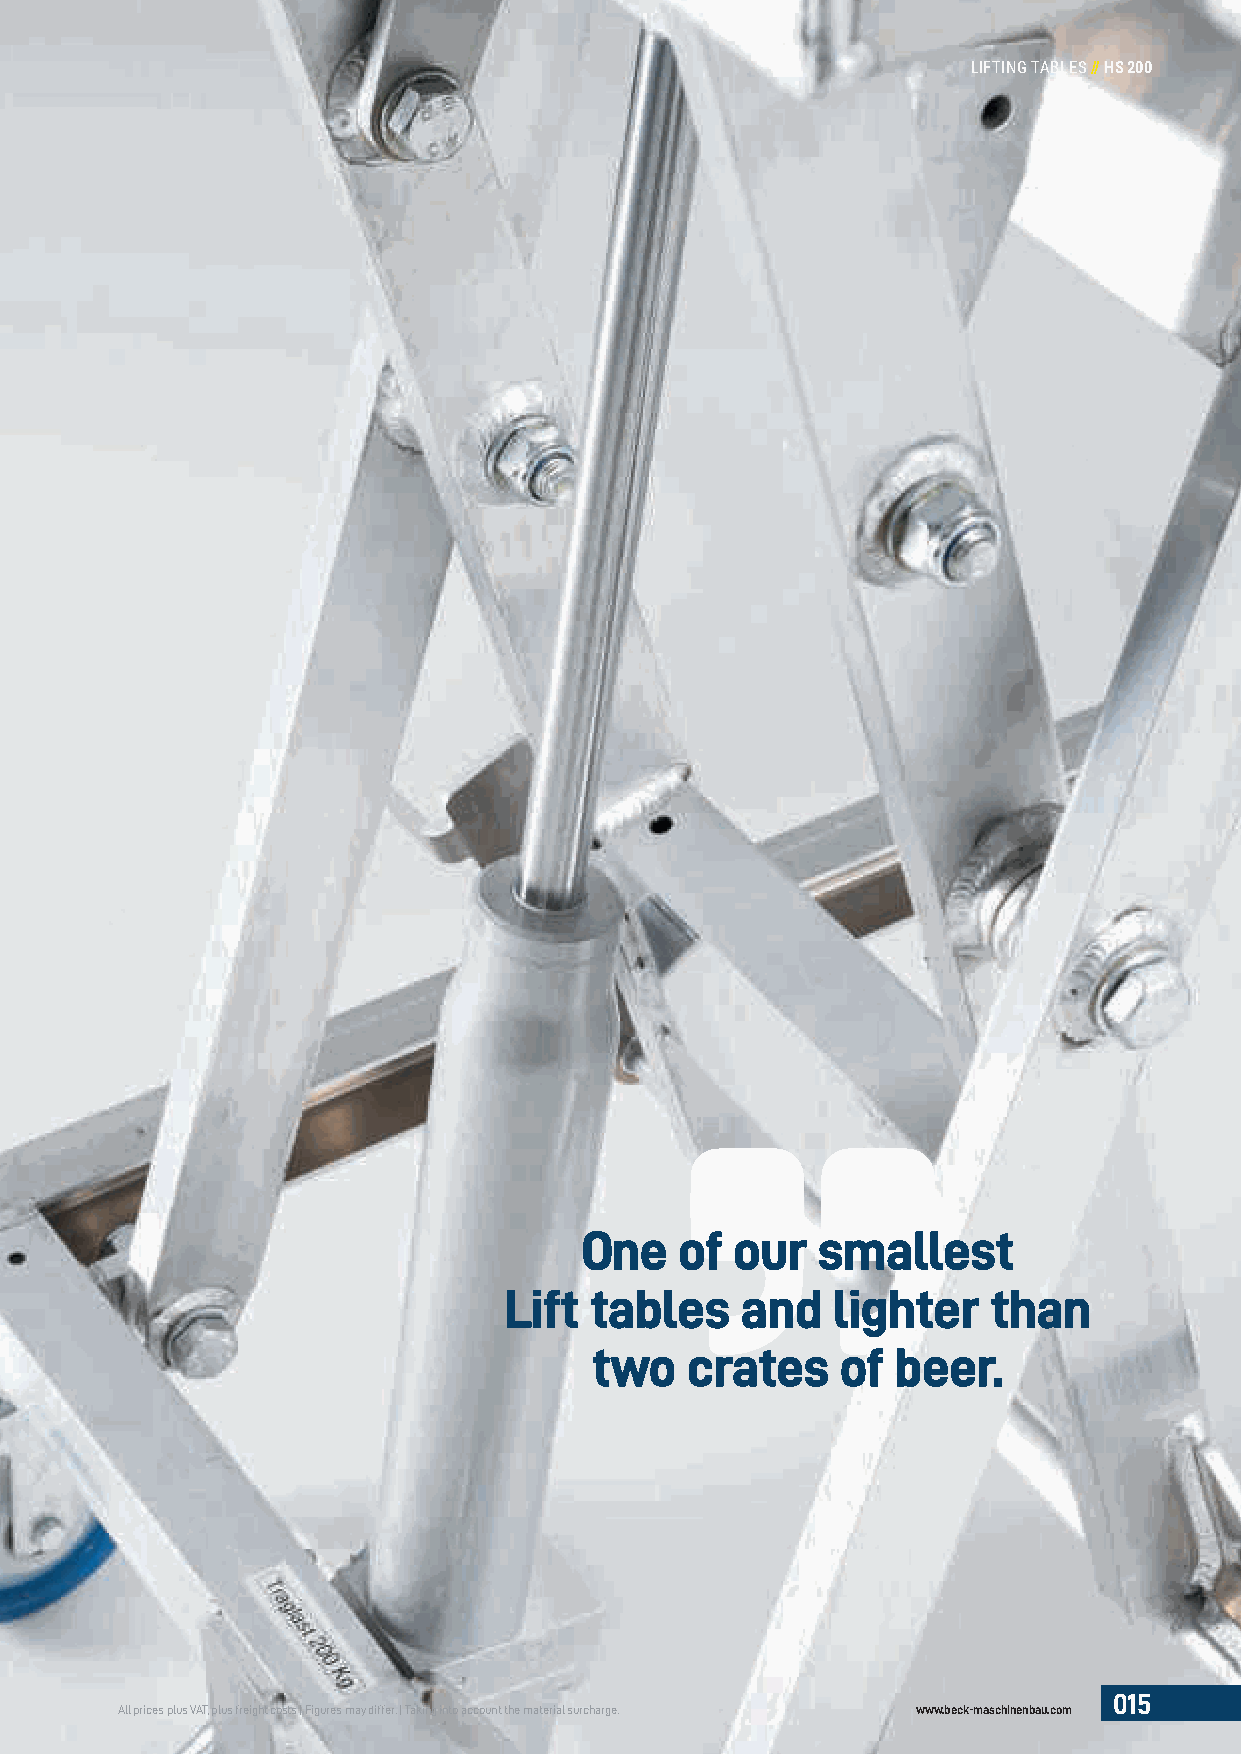
LIFTING TABLES//HS 200
 One    of  our  smallest
 Lift  tables    and   lighter    than
 two   crates     of beer.
 015
 All prices plus VAT, plus freight costs | Figures may differ. | Taking into account the material surcharge. www.beck-maschinenbau.com